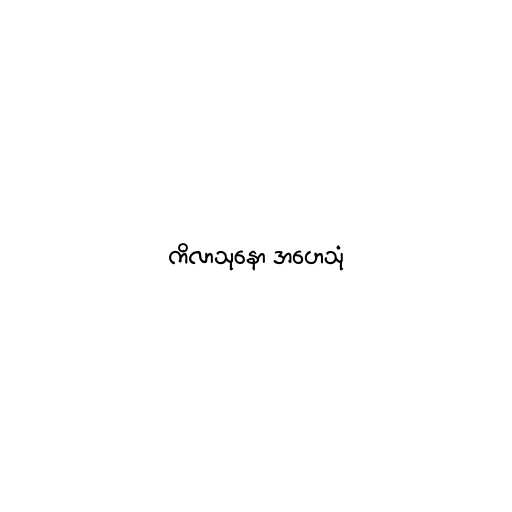
ကိလာသုနော အဟေသုံ